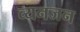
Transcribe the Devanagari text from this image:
व्यनजन